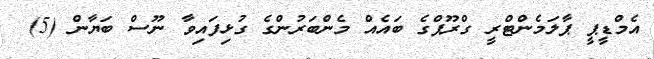
އެމްޑީޕީ ޕާލަމެންޓްރީ ގްރޫޕްގެ ބައެއް މެންބަރުންގެ ގުޅިފައިވާ ނޫސް ބަޔާން (5)